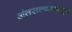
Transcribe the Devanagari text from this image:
अंतराल्यानातून